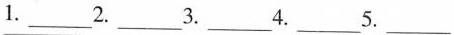
1.___2.___3.___4.___5.___